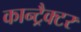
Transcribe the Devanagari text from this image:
कान्ट्रैक्टर